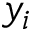
y _ { i }